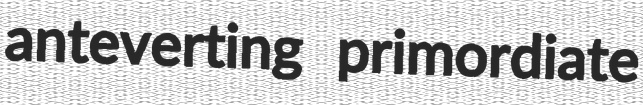
anteverting primordiate